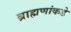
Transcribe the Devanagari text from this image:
ब्राह्मणांकडे